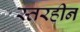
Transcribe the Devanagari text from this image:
स्तरहीन